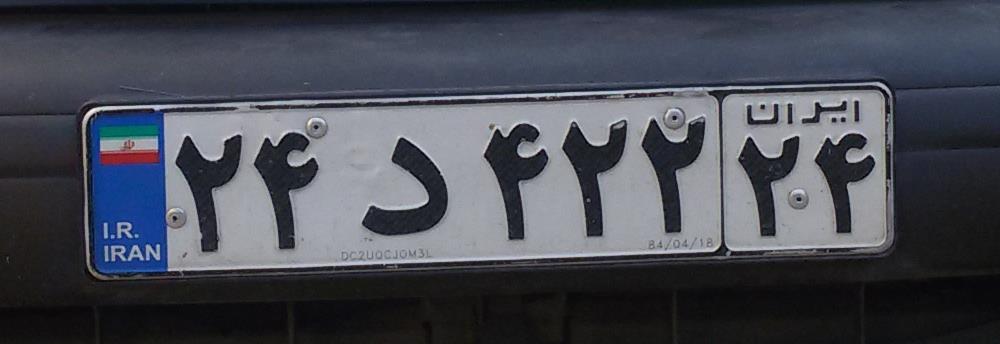
۲۴د۴۲۲۲۴